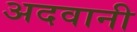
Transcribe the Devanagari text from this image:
अदवानी